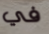
في